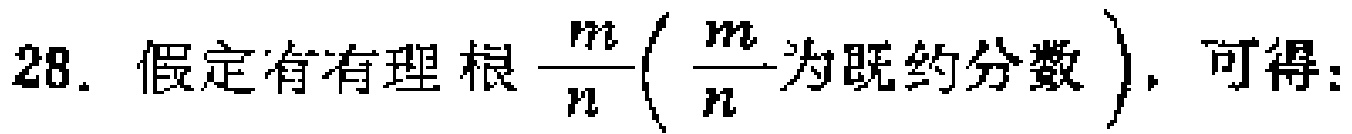
28. 假定有有理根$\frac{m}{n}\left(\frac{m}{n}\right. 为既约分数\left.\right)$，可得：